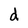
Character: d